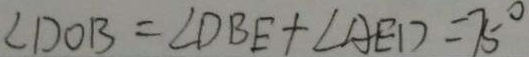
\angle D O B = \angle D B E + \angle A E D = 7 5 ^ { \circ }